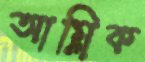
আম্লিক